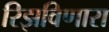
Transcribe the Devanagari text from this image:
रिझविणारा